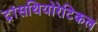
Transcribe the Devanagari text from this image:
ट्रांसथियोरेटिकल